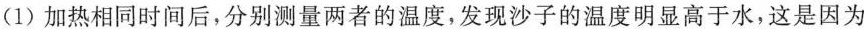
（1）加热相同时间后，分别测量两者的温度，发现沙子的温度明显高于水，这是因为